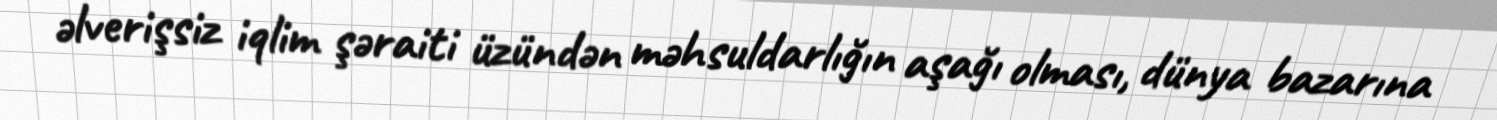
əlverişsiz iqlim şəraiti üzündən məhsuldarlığın aşağı olması, dünya bazarına